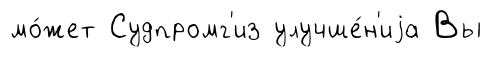
мо́жет Судпромг'из улучше́н'иjа Вы